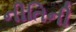
નીતિની